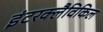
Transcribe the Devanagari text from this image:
इंटरक्लैविकिल